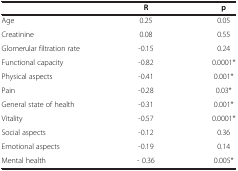
<table><thead><tr><td><b> </b></td><td><b>R</b></td><td><b>p</b></td></tr></thead><tbody><tr><td>Age</td><td>0.25</td><td>0.05</td></tr><tr><td>Creatinine</td><td>0.08</td><td>0.55</td></tr><tr><td>Glomerular filtration rate</td><td>-0.15</td><td>0.24</td></tr><tr><td>Functional capacity</td><td>-0.82</td><td>0.0001*</td></tr><tr><td>Physical aspects</td><td>-0.41</td><td>0.001*</td></tr><tr><td>Pain</td><td>-0.28</td><td>0.03*</td></tr><tr><td>General state of health</td><td>-0.31</td><td>0.001*</td></tr><tr><td>Vitality</td><td>-0.57</td><td>0.0001*</td></tr><tr><td>Social aspects</td><td>-0.12</td><td>0.36</td></tr><tr><td>Emotional aspects</td><td>-0.19</td><td>0.14</td></tr><tr><td>Mental health</td><td>- 0.36</td><td>0.005*</td></tr></tbody></table>